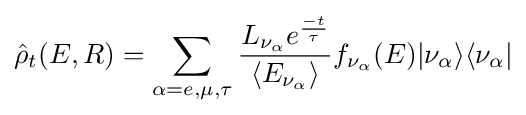
{\hat {\rho }}_{t}(E,R)=\sum _{\alpha =e,\mu ,\tau }{\frac {L_{\nu _{\alpha }}e^{\frac {-t}{\tau }}}{\langle E_{\nu _{\alpha }}\rangle }}f_{\nu _{\alpha }}(E)|\nu _{\alpha }\rangle \langle \nu _{\alpha }|